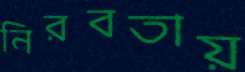
নিরবতায়